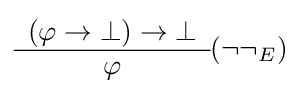
{\begin{array}{c}(\varphi \to \bot )\to \bot \\\hline \varphi \end{array}}(\neg \neg _{E})